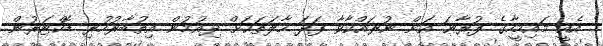
އެއީ މައިމީހާގެ ފުރާނަ އަށް ނުރައްކާވާ ފަދަ ހާލަތަކަށް ދިއުމުން އިތުބާރުހުރި ޑޮކްޓަރުން